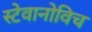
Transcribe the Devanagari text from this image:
स्टेवानोविच